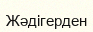
Жәдігерден